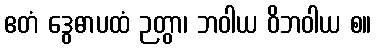
ဧတံ ဒွေဓာပထံ ဉတွာ၊ ဘဝါယ ဝိဘဝါယ စ။